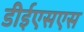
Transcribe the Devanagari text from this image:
डीईएसएस